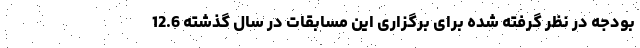
بودجه در نظر گرفته شده برای برگزاری این مسابقات در سال گذشته 12.6